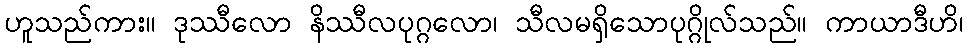
ဟူသည်ကား။ ဒုဿီလော နိဿီလပုဂ္ဂလော၊ သီလမရှိသောပုဂ္ဂိုလ်သည်။ ကာယာဒီဟိ၊